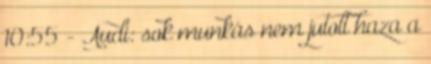
10:55 - Audi: sok munkás nem jutott haza a